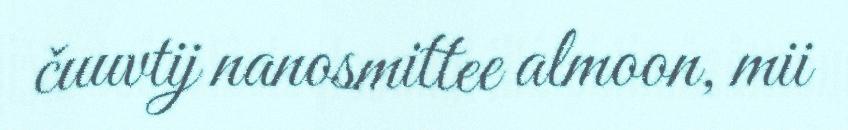
čuuvtij nanosmittee almoon, mii